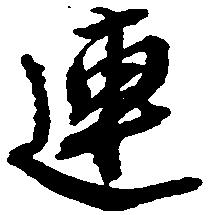
連